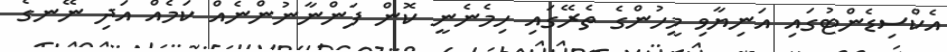
އެކްސިޑެންޓުގައި އަނިޔާވި މީހުންގެ ތެރޭގައި ހިމެނެނީ ކޮން ފަންނާނުންނެއް ކަމެއް އަދި ނޭނގެ